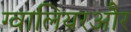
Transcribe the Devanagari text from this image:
ग्वालियरऔर